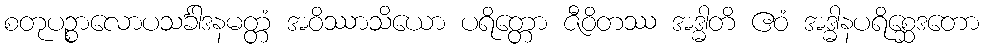
စတုပဉ္စာလောပသင်္ခါဒနမတ္တံ အဝိဿာသိယော ပရိတ္တော ဇီဝိတဿ အဒ္ဓါတိ ဧဝံ အဒ္ဓါနပရိစ္ဆေဒတော